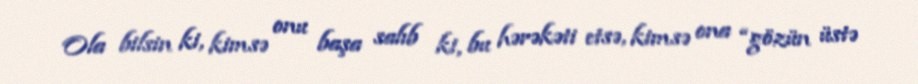
Ola bilsin ki, kimsə onu başa salıb ki, bu hərəkəti etsə, kimsə ona “gözün üstə